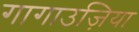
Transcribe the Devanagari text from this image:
गागाउज़िया